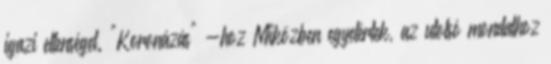
igazi ellenséget. "Koronázás" -hoz Miközben egyetértek, az utolsó mondathoz